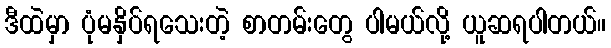
ဒီထဲမှာ ပုံမနှိပ်ရသေးတဲ့ စာတမ်းတွေ ပါမယ်လို့ ယူဆရပါတယ်။